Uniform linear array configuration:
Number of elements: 8
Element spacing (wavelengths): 0.5
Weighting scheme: exponential
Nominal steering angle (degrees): -45
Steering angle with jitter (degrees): -45.703
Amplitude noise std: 0.05
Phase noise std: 0.05

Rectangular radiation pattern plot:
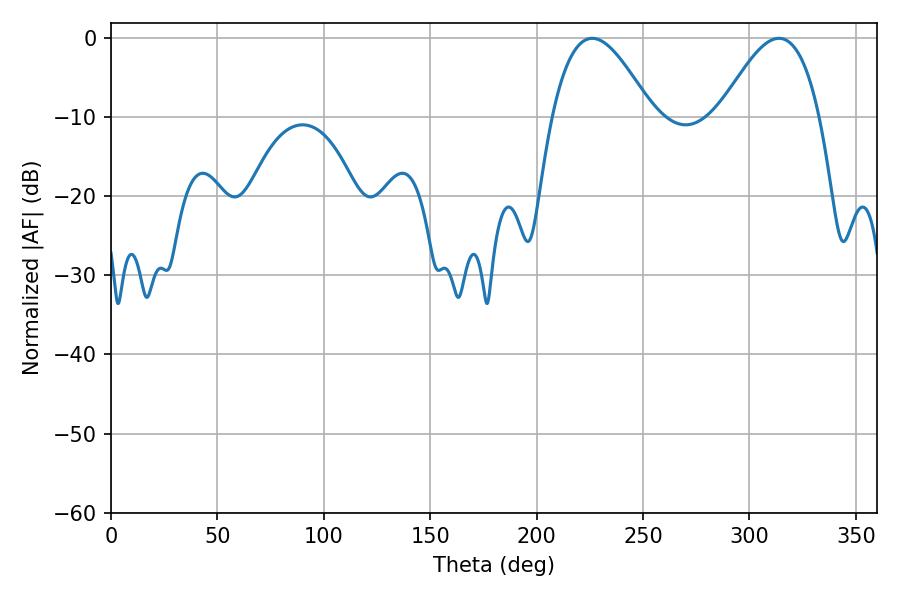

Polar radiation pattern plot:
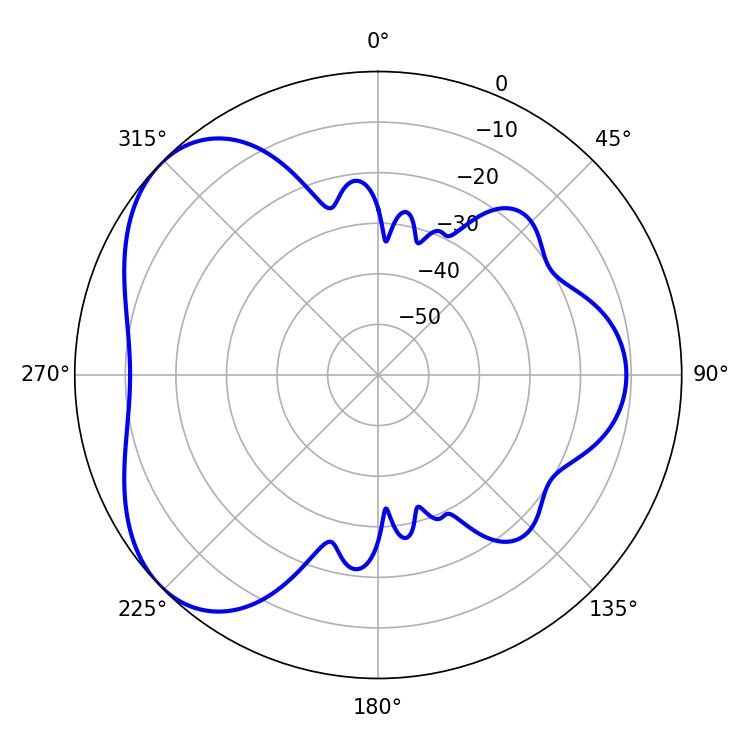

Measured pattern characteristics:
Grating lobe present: FALSE
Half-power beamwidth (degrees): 25.56
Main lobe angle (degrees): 226.08